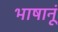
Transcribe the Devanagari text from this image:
भाषानूं